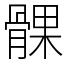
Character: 髁